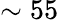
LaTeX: \sim 55